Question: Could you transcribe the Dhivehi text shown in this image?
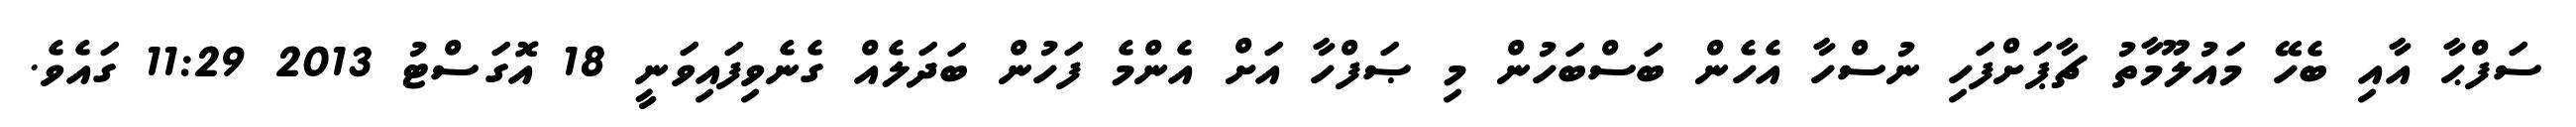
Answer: ސަފްޙާ އާއި ބެހޭ މައުލޫމާތު ޗާޕަށްފަހި ނުސްހާ އެހެން ބަސްބަހުން މި ޞަފްހާ އަށް އެންމެ ފަހުން ބަދަލެއް ގެނެވިފައިވަނީ 18 އޮގަސްޓު 2013 11:29 ގައެވެ.